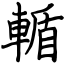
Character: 輴